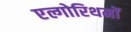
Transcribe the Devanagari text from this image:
एल्गोरिथमों